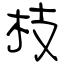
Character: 枝